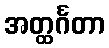
အတ္ထင်္ဂတာ